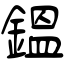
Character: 鎾